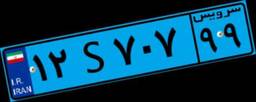
۴۶S۵۶۰۳۸